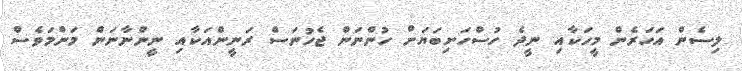
ލިސެން އަހަރެން މީހަކާއި ނީދެ ހުސްހަށިބަޔަށް ހުންނަން ޖެހުނަސް ރަނީންއަކާއި ނީންނާނަން މަންމަވެސް